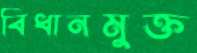
বিধানমুক্ত